Leaving Certificate Examination (including Day School Certificate (Higher) General paper), 1936
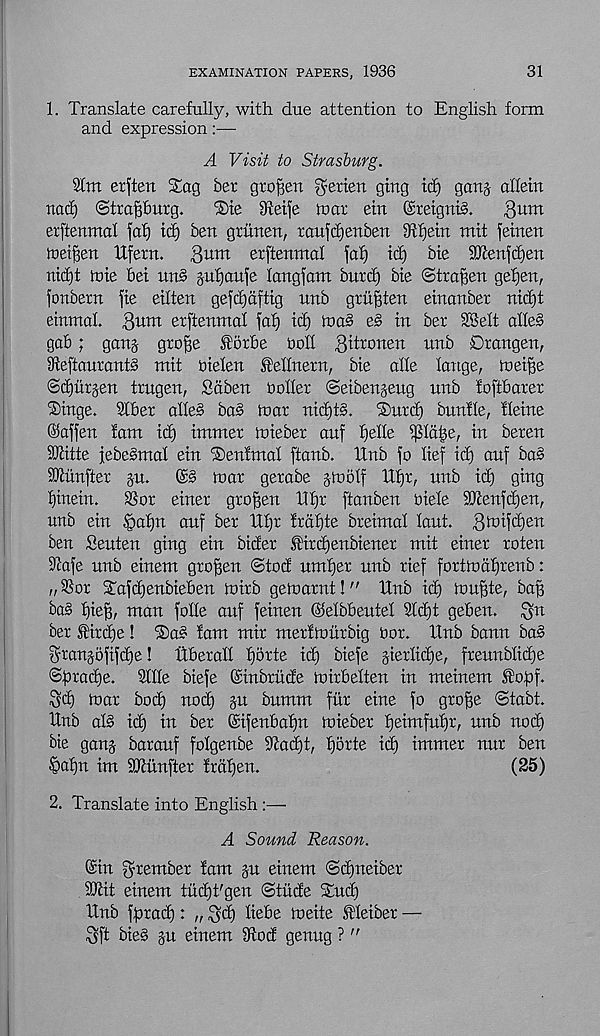
EXAMINATION PAPERS, 1936
31
1. Translate carefully, with due attention to English form
and expression
A Visit to Strasburg.
2lm erften Sag ber grogeu $eriett ging id) gattj afletrt
nad) ©trapurg.
®ie 9ieife iuor etn ©retguiS.
3win
erffenma'l faf) id) ben griinen, ranfd)enben Styein mit feinen
iueipn Ufern.
3 um erftenmaf faf) id) bie 3Jienfd)en
nid)t iuie 6ei un§ jufjaufe langfam buxd) bie ©trapn gefjen,
fonbetn fie eiften gefd)dftig unb grufften einanber nid)t
einmaf. 3«^ erftenmaf faf) id) )na§ e§ in ber T8elt ahe§
gab; ganj grop torbe boff %\lxomn unb Drangen,
IfteftanrantS mit bielen feffnern, bie affe fange, toeiffe
©djurjen trugen, Sdben boiler ©eibenjeng nnb foftbarer
Singe. SCber alle§ ba§ luar nid)t§. Surd) bnnlfe, fleine
©affen fam id) immer loieber anf pile ^fpe, in beren
Mitte jebesmaf ein Senfmal ftanb. Unb fo lief id) anf ba§
iOlitnfter §it.
mar gerabe gtoolf Up, unb id) ging
l)inetn.
S5or einer grofjen Up ftanben biele 9Tcenfd)en,
unb ein §af)n auf ber Up Irdpe breimal laut.
ben Seuten ging ein bider .fircpnbiener mit einer roten
iftafe unb einem gropen ©tod nmpr unb rief fortmdpenb:
„®or Safdjenbieben loirb geloarnt!" Unb id) loupe, bag
ba§ pep man folle auf feinen ©elbbeutel 2ld)t geben. 3 n
ber f irdje! ®a§ lam mir merlmurbig bor. Unb bann ba§
granpftfcp! Uberall prte id) biefe gierlidje, freunblid)e
©gradje. 211Ie biefe ©inbrude mirbelten in meinem fopf.
Sd) mar bod) nod) ju bumm fur eine fo grop ©tabt.
Unb al§ id) in ber ©ifenbap mieber pimfup, nnb nod)
bie ganj barauf folgenbe 9tad)t, prte id) immer nnr ben
£>af)n im SMnfter Irdpn.
(25)
2. Translate into English :—
A Sound Reason.
©in fpember fam p einem ©djneiber
SDlit einem tudjt'gen ©tiide Sud)
Unb fprad): „ 3d) Hebe meite f leiber —
3ft bie§ p einem 9tod genug ?"